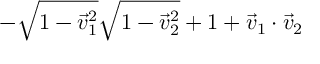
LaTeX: - \sqrt { 1 - { \vec { v } _ { 1 } } ^ { 2 } } \sqrt { 1 - { \vec { v } _ { 2 } } ^ { 2 } } + 1 + \vec { v } _ { 1 } \cdot \vec { v } _ { 2 }